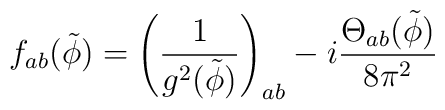
f_{ab}({\tilde \phi})= \left( \frac{1}{g^{2}({\tilde \phi})} \right)_{ab}- i \frac{{\Theta}_{ab}({\tilde \phi})}{8{\pi}^{2}}